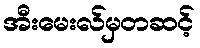
အီးမေးလ်မှတဆင့်